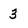
Character: 3